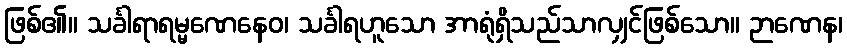
ဖြစ်၏။ သင်္ခါရာရမ္မဏေနေဝ၊ သင်္ခါရဟူသော အာရုံရှိသည်သာလျှင်ဖြစ်သော။ ဉာဏေန၊